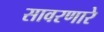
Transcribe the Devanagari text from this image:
सावरणारे